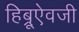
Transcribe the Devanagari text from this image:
हिब्रूऐवजी